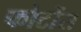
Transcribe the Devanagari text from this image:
फोटोंस